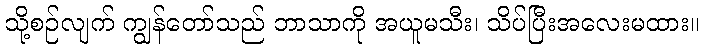
သို့စဉ်လျက် ကျွန်တော်သည် ဘာသာကို အယူမသီး၊ သိပ်ပြီးအလေးမထား။